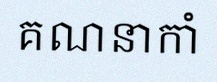
គណនាកាំ